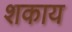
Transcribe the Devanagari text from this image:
शकाय